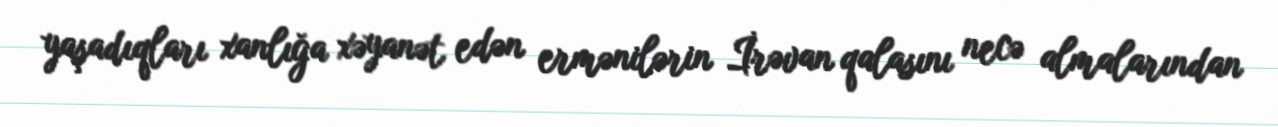
yaşadıqları xanlığa xəyanət edən ermənilərin İrəvan qalasını necə almalarından